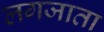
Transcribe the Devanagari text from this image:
लगजाता